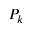
P _ { k }